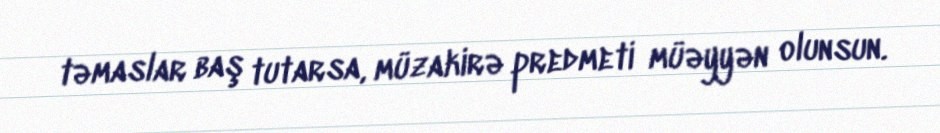
təmaslar baş tutarsa, müzakirə predmeti müəyyən olunsun.